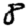
Digit: 8